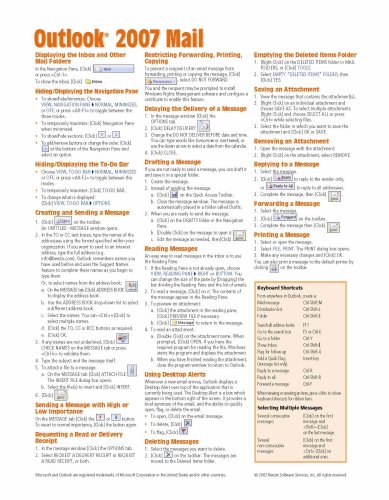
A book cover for Microsoft Outlook 2007 Mail Quick Reference Guide (Cheat Sheet of Instructions, Tips & Shortcuts - Laminated Card); Beezix Inc; Computers & Technology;